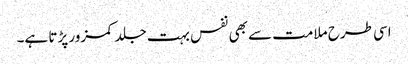
اسی طرح ملامت سے بھی نفس بہت جلد کمزور پڑتا ہے۔